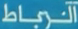
النبط